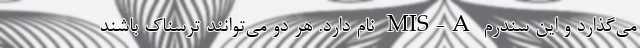
می‌گذارد و این سندرم MIS-A نام دارد. هر دو می‌توانند ترسناک باشند